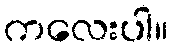
ကလေးပါ။